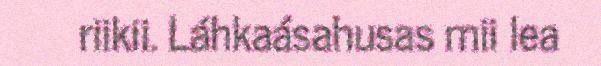
riikii. Láhkaásahusas mii lea